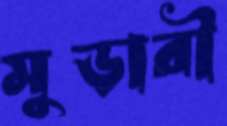
মুড়ারী